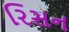
રિસન